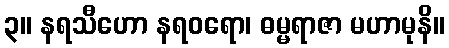
၃။ နရသီဟော နရဝရော၊ ဓမ္မရာဇာ မဟာမုနိ။